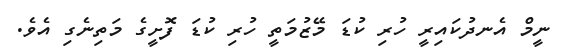
ނީމް އެނދުކައިރީ ހުރި ކުޑަ މޭޒުމަތީ ހުރި ކުޑަ ފޮށީގެ މަތިނެގި އެވެ.